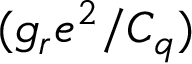
( g _ { r } e ^ { 2 } / C _ { q } )